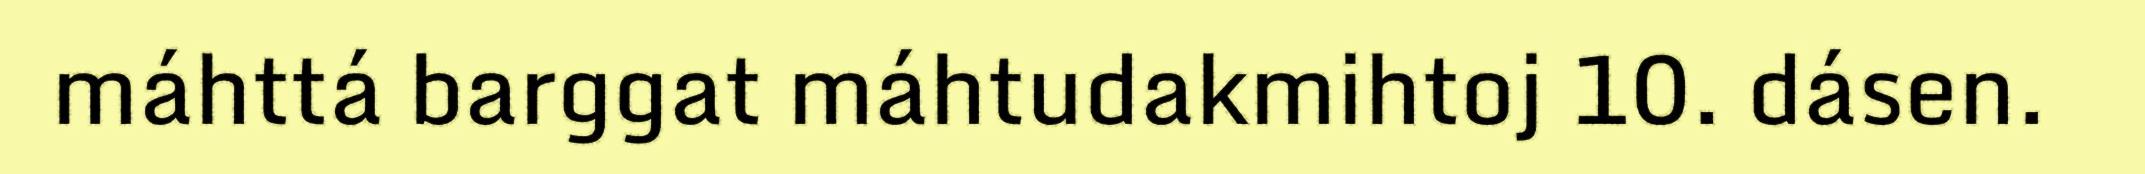
máhttá barggat máhtudakmihtoj 10. dásen.